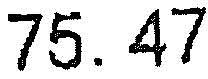
75.47